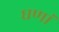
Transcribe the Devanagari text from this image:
घणां